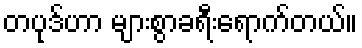
တပုဒ်ဟာ များစွာခရီးရောက်တယ်။